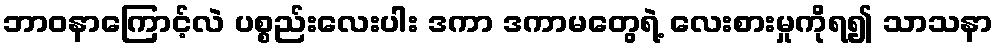
ဘာဝနာကြောင့်လဲ ပစ္စည်းလေးပါး ဒကာ ဒကာမတွေရဲ့ လေးစားမှုကိုရ၍ သာသနာ